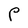
Character: P